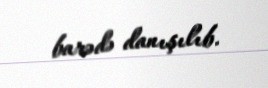
barədə danışılıb.